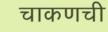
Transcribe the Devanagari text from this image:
चाकणची